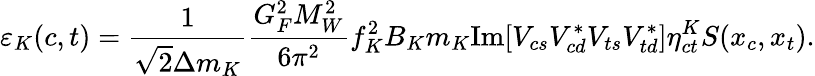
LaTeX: \varepsilon_{K}(c,t)=\frac{1}{\sqrt{2}\Delta m_{K}}\frac{G_{F}^{2}M_{W}^{2}}{6\pi^{2}}f_{K}^{2}B_{K}m_{K}\mathrm{Im}[V_{cs}V_{cd}^{*}V_{ts}V_{td}^{*}]\eta_{ct}^{K}S(x_{c},x_{t}).